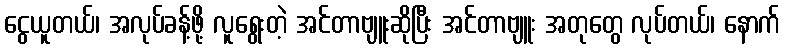
ငွေယူတယ်၊ အလုပ်ခန့်ဖို့ လူရွေးတဲ့ အင်တာဗျူးဆိုပြီး အင်တာဗျူး အတုတွေ လုပ်တယ်၊ နောက်